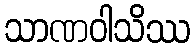
သာဏဝါသိဿ